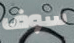
سوف